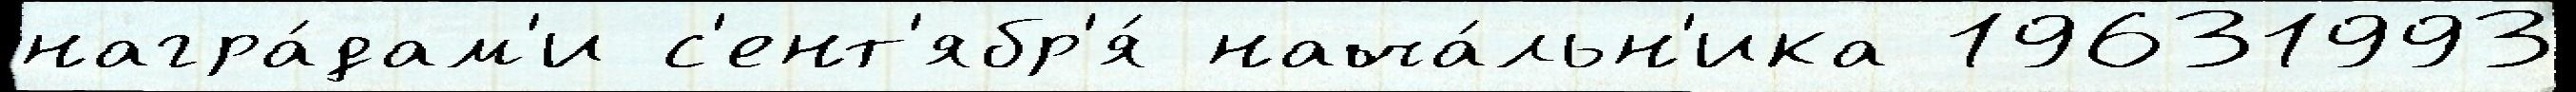
награ́дам'и с'ент'ябр'я́ нача́льн'ика 19631993